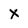
Character: X